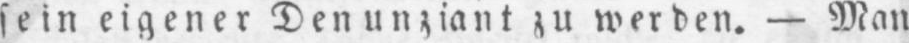
sein eigener Denunziant zu werden. - Man